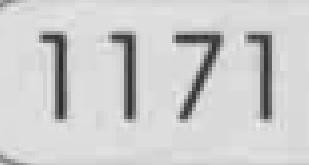
1171